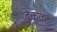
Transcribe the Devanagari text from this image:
ढेकुळ